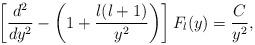
LaTeX: \begin{align*}\left[{d^{2}\over dy^{2}}-\left(1+{l(l+1)\over y^{2}}\right)\right]F_{l}(y)={C\over y^{2}},\end{align*}